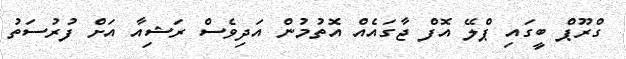
ގްރޫޕް ބީގައި ޕްލޭ އޮފް ޖާގައެއް އޮތުމުން އަދިވެސް ރަޝިއާ އަށް ފުރުސަތު